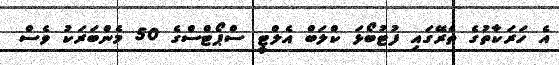
އެ ހަރަކާތުގެ ތެރޭގައި ފުޓުބޯޅަ ކްލަބް އެލްޓީ ސްޕޯޓްސްގެ 50 މެންބަރަކު ވެސް